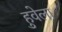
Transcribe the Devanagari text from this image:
हुवेला